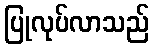
ပြုလုပ်လာသည်